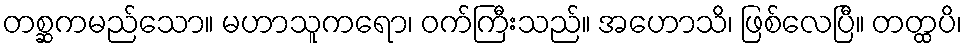
တစ္ဆကမည်သော။ မဟာသူကရော၊ ဝက်ကြီးသည်။ အဟောသိ၊ ဖြစ်လေပြီ။ တတ္ထပိ၊